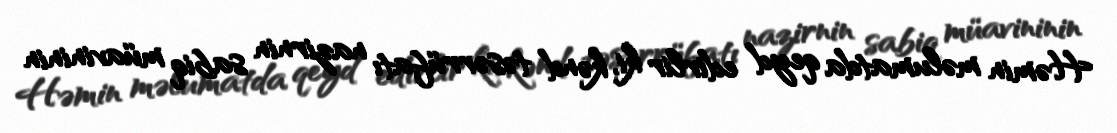
Həmin məlumatda qeyd edirlir ki, kənd təsərrüfatı nazirnin sabiq müavininin